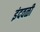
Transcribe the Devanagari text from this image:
इंदवळी